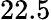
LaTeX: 22.5